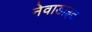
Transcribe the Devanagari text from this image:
नेवाडाइट